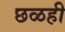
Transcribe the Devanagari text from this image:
छळही